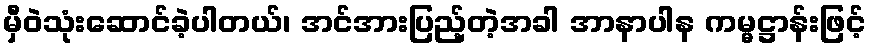
မှီဝဲသုံးဆောင်ခဲ့ပါတယ်၊ အင်အားပြည့်တဲ့အခါ အာနာပါန ကမ္မဋ္ဌာန်းဖြင့်